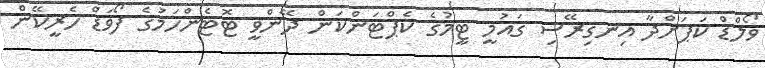
ވޯލްޑް ކަޕަށްދާ އިނގިރޭސި ގައުމީ ޓީމުގެ ކެޕްޓަންކަން ދޭންވީ ޓޮޓެންހަމުގެ ފޯވަޑް ހެރީކޭން